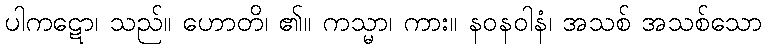
ပါကဋော၊ သည်။ ဟောတိ၊ ၏။ ကသ္မာ၊ ကား။ နဝနဝါနံ၊ အသစ် အသစ်သော